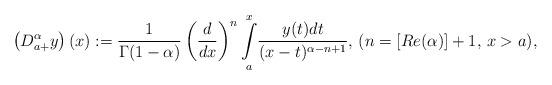
LaTeX: \begin{align*}\left(D_{a+}^\alpha y\right)(x):=\frac{1}{\Gamma(1-\alpha)}\left(\frac{d}{dx}\right)^n\underset{a}{\overset{x}{\int}}\frac{y(t)dt}{(x-t)^{\alpha-n+1}},\,(n=\left[Re(\alpha)\right]+1,\,x>a),\end{align*}